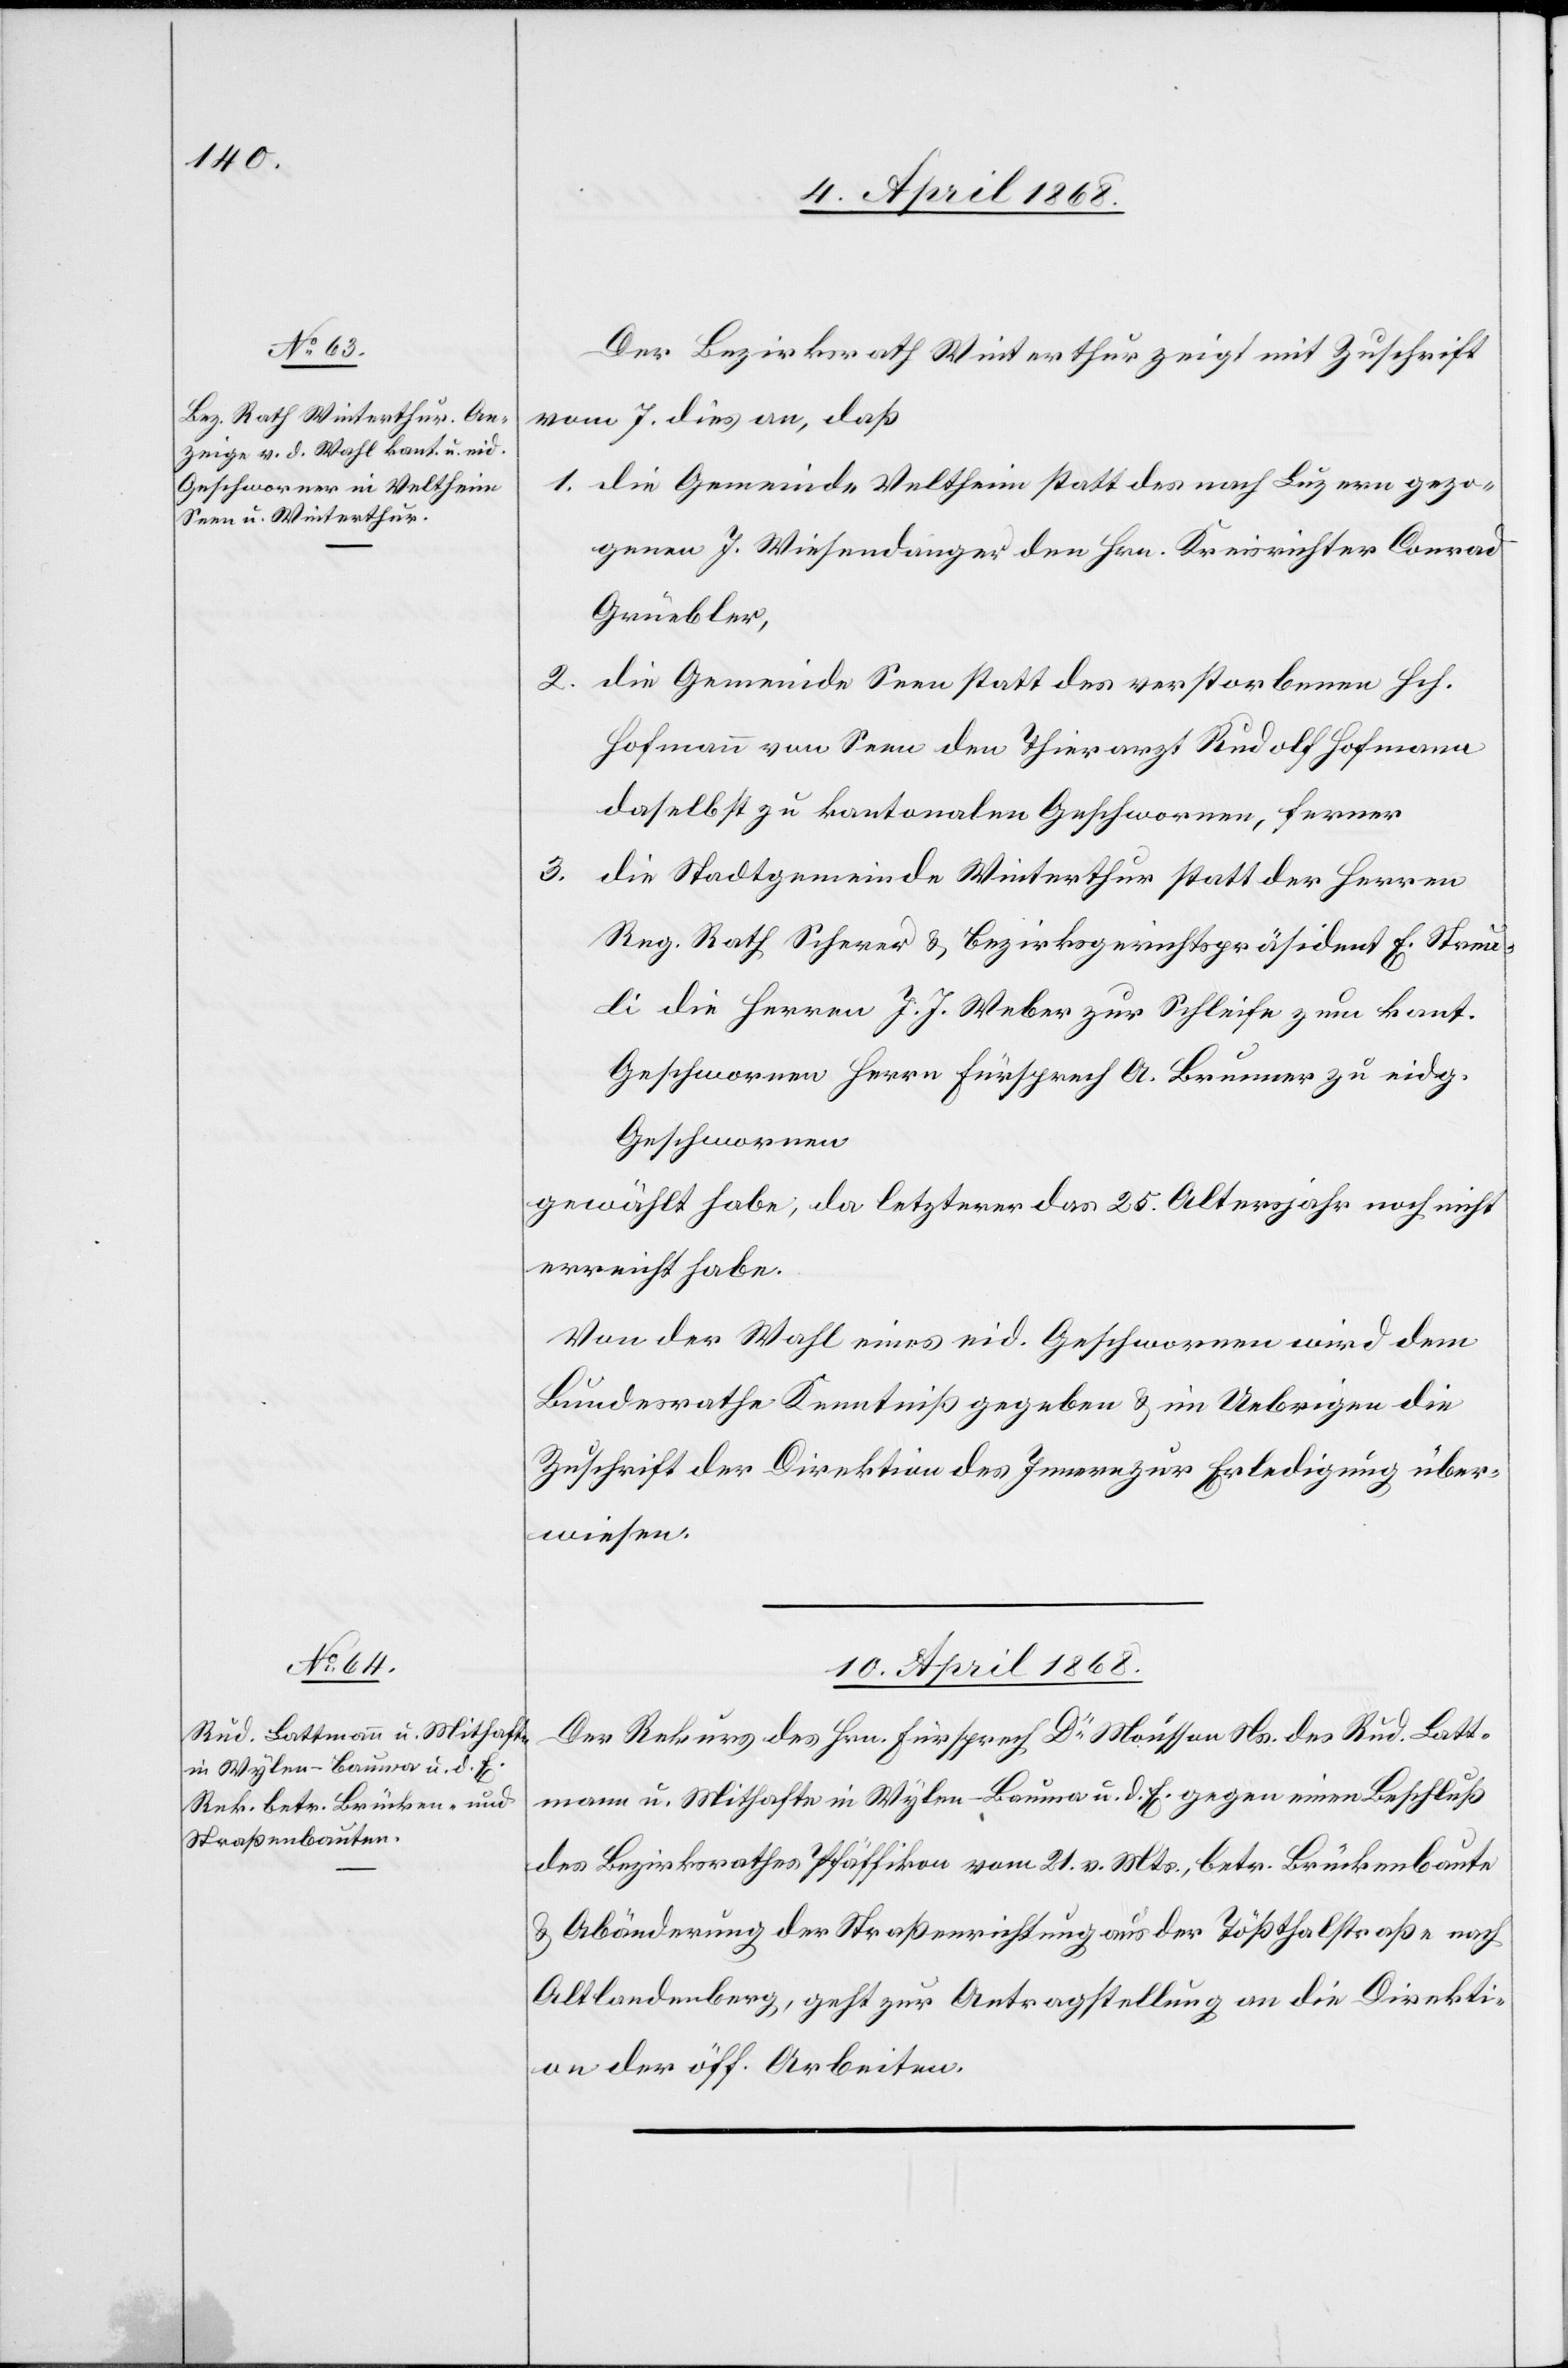
3.

Der Bezirksrath Winterthur zeigt mit Zuschrift
vom 7. dies an, daß
die Gemeinde Veltheim statt des nach Luzern gezo¬
genen J. Wiesendanger den Hrn. Kreisrichter Conrad
Grüebler,
die Gemeinde Seen statt des verstorbenen Hch.
Hofmann von Seen den Thierarzt Rudolf Hofmann
daselbst zu kantonalen Geschwornen, ferner
die Stadtgemeinde Winterthur statt der Herren
Reg. Rath Scherer & Bezirksgerichtspräsident E. Streu¬
li die Herren J. J. Weber zur Schleife zum kant.
Geschwornen[,] Herrn Fürsprech A. Brunner zu[m] eidg.
Geschwornen
gewählt habe, da letzterer das 25. Altersjahr noch nicht
erreicht habe.
Von der Wahl eines eid. Geschwornen wird dem
Bundesrathe Kenntniß gegeben & im Uebrigen die
Zuschrift der Direktion des Innern zur Erledigung über¬
wiesen.
10. April 1868.
Der Rekurs des Hrn. Fürsprech Dr. Mousson Ns. des Rud. Latt¬
mann u. Mithafte in Wylen-Bauma u. d. E. gegen einen Beschluß
des Bezirksrathes Pfäffikon vom 21. v. Mts., betr. Brückenbaute
& Abänderung der Straßenrichtung aus der Tößthalstraße nach
Altlandenberg, geht zur Antragstellung an die Direkti¬
on der öff. Arbeiten.